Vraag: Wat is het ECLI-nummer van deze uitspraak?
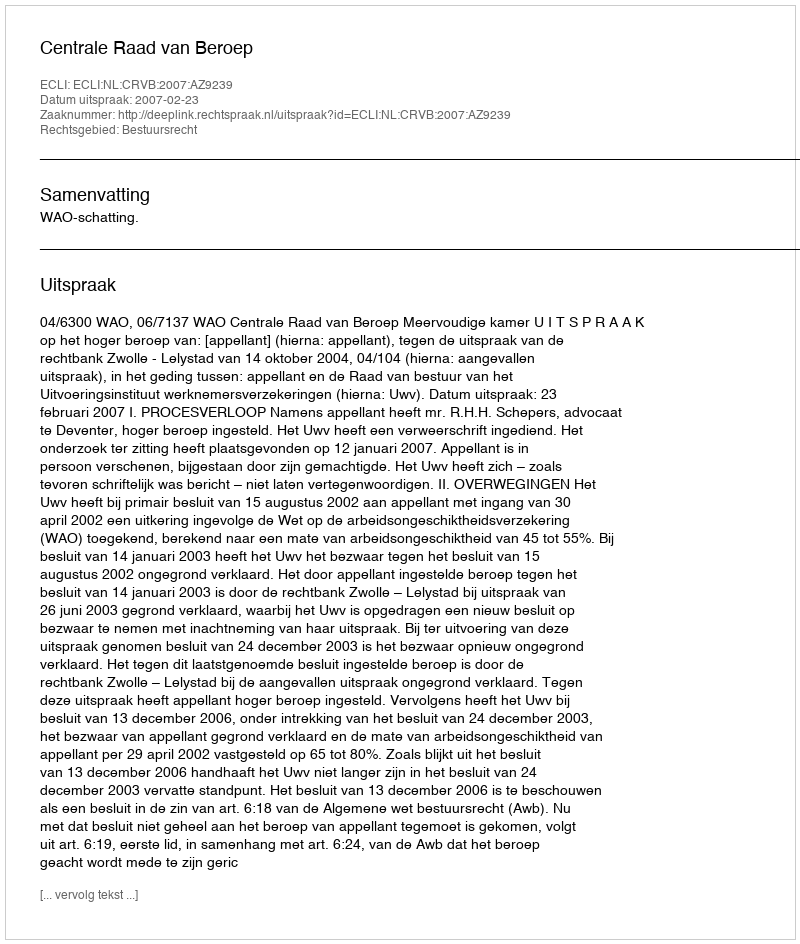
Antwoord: ECLI:NL:CRVB:2007:AZ9239